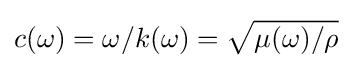
c(\omega )=\omega /k(\omega )={\sqrt {\mu (\omega )/\rho }}